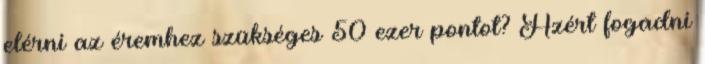
elérni az éremhez szükséges 50 ezer pontot? Azért fogadni